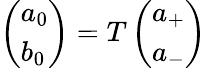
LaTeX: \begin{array}{r}{\left(\begin{array}{l}{a_{0}}\\ {b_{0}}\end{array}\right)=T\left(\begin{array}{l}{a_{+}}\\ {a_{-}}\end{array}\right)}\end{array}